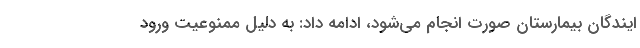
ایندگان بیمارستان صورت انجام می‌شود، ادامه داد: به دلیل ممنوعیت ورود